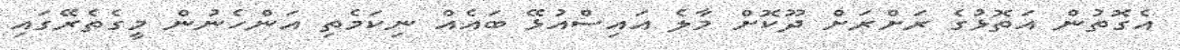
އެގޮތުން އަތޮޅުގެ ރަށްރަށް ދޫކޮށް މާލެ އައިސްއުޅޭ ބައެއް ނިކަމެތި އަންހެނުން މީގެތެރޭގައި